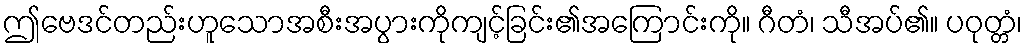
ဤဗေဒင်တည်းဟူသောအစီးအပွားကိုကျင့်ခြင်း၏အကြောင်းကို။ ဂီတံ၊ သီအပ်၏။ ပဝုတ္တံ၊